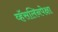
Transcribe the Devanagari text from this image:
व्हॅसलिनपेक्षा